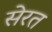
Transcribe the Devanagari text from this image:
सेरत